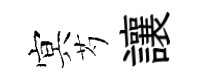
㝠芍讓